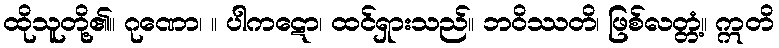
ထိုသူတို့၏။ ဂုဏော၊ ။ ပါကဋော၊ ထင်ရှားသည်။ ဘဝိဿတိ၊ ဖြစ်လတ္တံ့။ ဣတိ